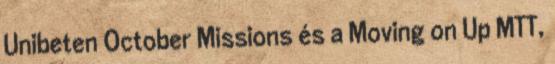
Unibeten October Missions és a Moving on Up MTT,